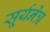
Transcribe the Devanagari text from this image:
सूर्यनेत्र